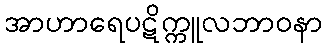
အာဟာရေပဋိက္ကူလဘာဝနာ